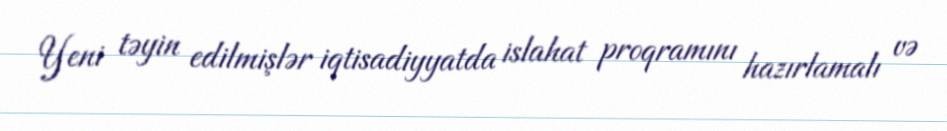
Yeni təyin edilmişlər iqtisadiyyatda islahat proqramını hazırlamalı və